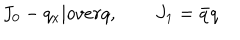
J _ { 0 } - { q _ { x } | o v e r q } , \qquad J _ { 1 } = \bar { q } q